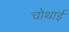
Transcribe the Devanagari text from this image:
चोथाई